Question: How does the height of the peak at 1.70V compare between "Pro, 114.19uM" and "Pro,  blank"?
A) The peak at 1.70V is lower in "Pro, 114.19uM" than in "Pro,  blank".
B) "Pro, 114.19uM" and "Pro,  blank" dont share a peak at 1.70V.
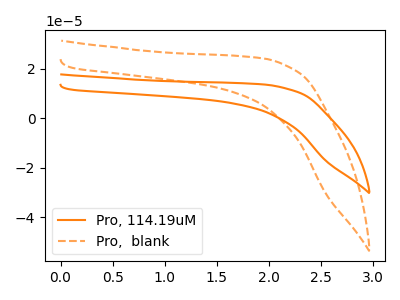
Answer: <think>The orange curve "Pro, 114.19uM" has no peaks. The orange dashed curve "Pro,  blank" has no peaks.</think>
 <answer>B) "Pro, 114.19uM" and "Pro,  blank" dont share a peak at 1.70V.</answer>
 <eval>B</eval>